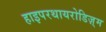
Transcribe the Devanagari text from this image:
हाइपरथायरोडिज़्म